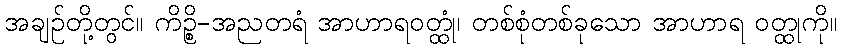
အချဉ်တို့တွင်။ ကိဉ္စိ-အညတရံ အာဟာရဝတ္ထုံ၊ တစ်စုံတစ်ခုသော အာဟာရ ဝတ္ထုကို။